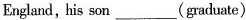
England, his son ___ (graduate)